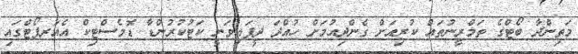
މަތިންދާ ބޯޓްގެ ތަމްރީނުތައް ކުރިއަށް ގެންދިއުމަށް ހުއްދަ ދީފައިވަނީ ކަޓުކުރުންޑާ ޑޮމެސްޓިކް އެއަރޕޯޓްގައި